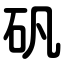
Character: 矾